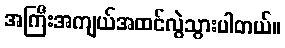
အကြီးအကျယ်အထင်လွဲသွားပါတယ်။